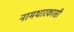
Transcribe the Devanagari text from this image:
नामधारकासी